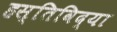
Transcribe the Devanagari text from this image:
हस्तिविद्या